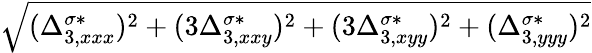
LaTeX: \sqrt{(\Delta_{3,xxx}^{\sigma*})^{2}+(3\Delta_{3,xxy}^{\sigma*})^{2}+(3\Delta_{3,xyy}^{\sigma*})^{2}+(\Delta_{3,yyy}^{\sigma*})^{2}}